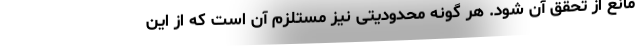
مانع از تحقق آن شود. هر گونه محدودیتی نیز مستلزم آن است که از این